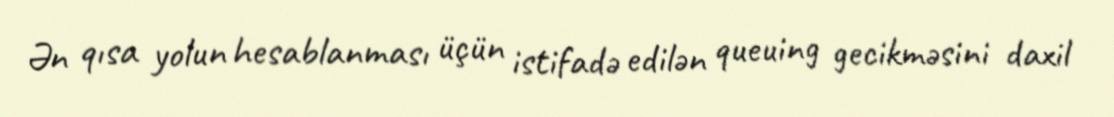
Ən qısa yolun hesablanması üçün istifadə edilən queuing gecikməsini daxil